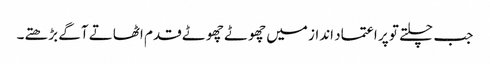
جب چلتے تو پر اعتماد انداز میں چھوٹے چھوٹے قدم اٹھاتے آگے بڑھتے۔